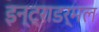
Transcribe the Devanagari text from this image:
इन्ट्राडर्मल